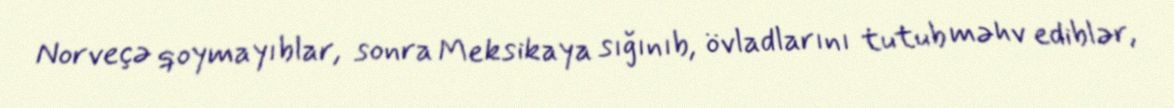
Norveçə qoymayıblar, sonra Meksikaya sığınıb, övladlarını tutub məhv ediblər,